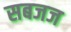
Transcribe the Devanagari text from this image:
सबजज